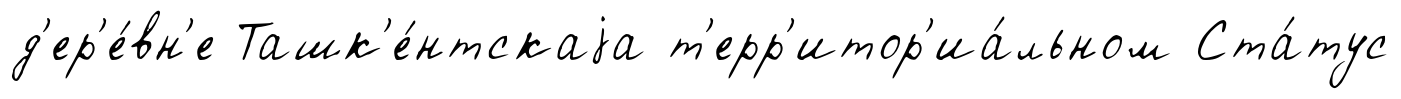
д'ер'е́вн'е Ташк'е́нтскаjа т'ерр'итор'иа́льном Ста́тус